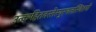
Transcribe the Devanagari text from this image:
उत्कर्षहेतवस्तेस्युरचलस्थितयो